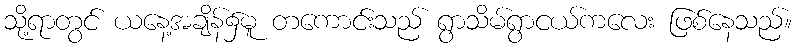
သို့ရာတွင် ယနေ့အချိန်၌မူ တကောင်းသည် ရွာသိမ်ရွာငယ်ကလေး ဖြစ်နေသည်။